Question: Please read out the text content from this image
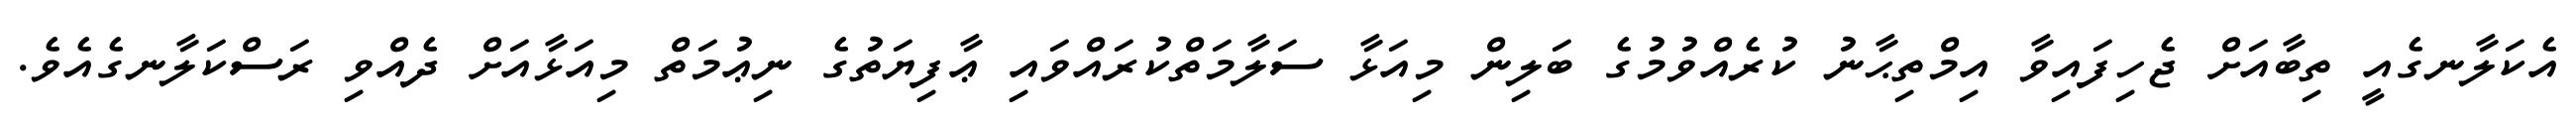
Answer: އެކަލާނގެއީ ތިބާއަށް ޖެހިފައިވާ އިމްތިޙާނު ކުރެއްވުމުގެ ބަލިން މިއަޅާ ސަލާމަތްކުރައްވައި ޢާފިޔަތުގެ ނިޢުމަތް މިއަޅާއަށް ދެއްވި ރަސްކަލާނގެއެވެ.